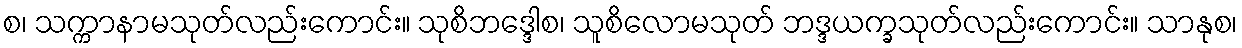
စ၊ သက္ကာနာမသုတ်လည်းကောင်း။ သုစိဘဒ္ဒေါစ၊ သူစိလောမသုတ် ဘဒ္ဒယက္ခသုတ်လည်းကောင်း။ သာနုစ၊